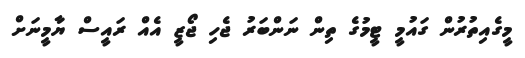
މީގެއިތުރުން ގައުމީ ޓީމުގެ ތިން ނަންބަރު ޖެހި ޖޯޒީ އެއް ރައީސް ޔާމީނަށް